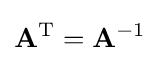
\mathbf {A} ^{\text{T}}=\mathbf {A} ^{-1}